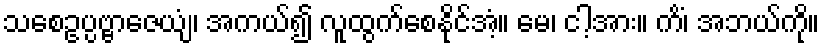
သစေဥပ္ပဗ္ဗာဇေယျံ၊ အကယ်၍ လူထွက်စေနိုင်အံ့။ မေ၊ ငါ့အား။ ကိံ၊ အဘယ်ကို။